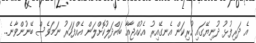
އެ ދަރިފުޅު ދުނިޔޭގައި ހުރިކަން އެނގޭއިރު އެކުއްޖާއާ ބައްދަލުކޮށްލަން އެއްފަހަރު ނަމަވެސް ބޭނުންވާނެ..